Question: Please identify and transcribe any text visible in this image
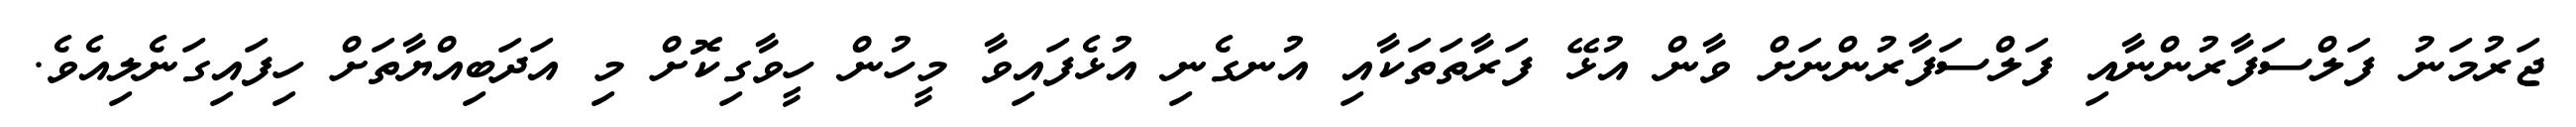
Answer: ޖަރުމަނު ފަލްސަފާރުންނާއި ފަލްސަފާރުންނަށް ވާން އުޅޭ ފަރާތަތަކާއި އުނގެނި އުޅެފައިވާ މީހުން ހީވާގިކޮށް މި އަދަބިއްޔާތަށް ހިފައިގަނެލިއެވެ.